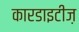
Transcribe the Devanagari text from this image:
कारडाइटीज़